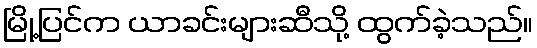
မြို့ပြင်က ယာခင်းများဆီသို့ ထွက်ခဲ့သည်။